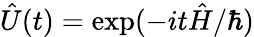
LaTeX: \hat{U}(t)=\exp(-it\hat{H}/\hbar)